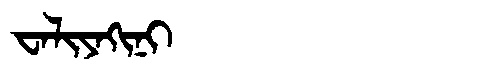
Manchu: ᠸᠠᠯᡳᠶᠠᡴᡳᠨᡳ
Romanization: WALIYAKINI